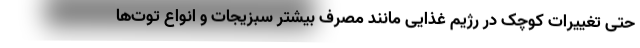
حتی تغییرات کوچک در رژیم غذایی مانند مصرف بیشتر سبزیجات و انواع توت‌ها